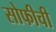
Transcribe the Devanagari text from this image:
सोफीची